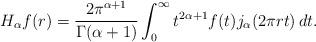
LaTeX: \begin{align*}H_\alpha f (r) = \frac{2\pi^{\alpha+1}}{\Gamma(\alpha+1)}\int_{0}^{\infty} t^{2\alpha+1} f(t) j_{\alpha}(2\pi rt) \, dt.\end{align*}